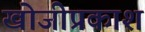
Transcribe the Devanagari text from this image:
खोजीप्रकाश